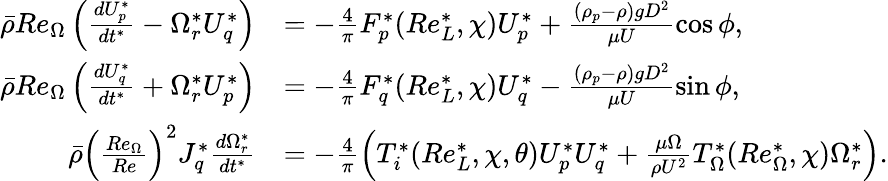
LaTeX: \begin{array}{rl}{\bar{\rho}Re_{\Omega}\left(\frac{dU_{p}^{*}}{dt^{*}}-\Omega_{r}^{*}U_{q}^{*}\right)}&{=-\frac{4}{\pi}F_{p}^{*}(Re_{L}^{*},\chi)U_{p}^{*}+\frac{(\rho_{p}-\rho)gD^{2}}{\mu U}\cos\phi,}\\ {\bar{\rho}Re_{\Omega}\left(\frac{dU_{q}^{*}}{dt^{*}}+\Omega_{r}^{*}U_{p}^{*}\right)}&{=-\frac{4}{\pi}F_{q}^{*}(Re_{L}^{*},\chi)U_{q}^{*}-\frac{(\rho_{p}-\rho)gD^{2}}{\mu U}\sin\phi,}\\ {\bar{\rho}\left(\frac{Re_{\Omega}}{Re}\right)^{2}J_{q}^{*}\frac{d\Omega_{r}^{*}}{dt^{*}}}&{=-\frac{4}{\pi}\left(T_{i}^{*}(Re_{L}^{*},\chi,\theta)U_{p}^{*}U_{q}^{*}+\frac{\mu\Omega}{\rho U^{2}}T_{\Omega}^{*}(Re_{\Omega}^{*},\chi)\Omega_{r}^{*}\right).}\end{array}